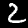
Label: 2